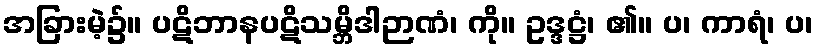
အခြားမဲ့၌။ ပဋိဘာနပဋိသမ္ဘိဒါဉာဏံ၊ ကို။ ဥဒ္ဒဋ္ဌံ၊ ၏။ ပ၊ ကာရံ၊ ပ၊